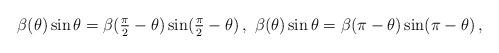
LaTeX: \begin{align*}\begin{aligned}\beta (\theta) \sin \theta = \beta (\tfrac{\pi}{2} - \theta) \sin (\tfrac{\pi}{2} - \theta) \,, \ \beta (\theta) \sin \theta = \beta (\pi - \theta) \sin (\pi - \theta) \,,\end{aligned}\end{align*}